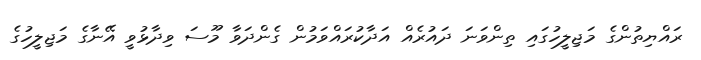
ރައްޔިތުންގެ މަޖިލީހުގައި ތިންވަނަ ދައުރެއް އަދާކުރައްވަމުން ގެންދަވާ މޫސަ ވިދާޅުވީ އޭނާގެ މަޖިލީހުގެ